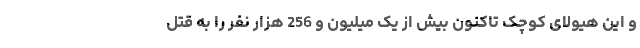
و این هیولای کوچک تاکنون بیش از یک میلیون و 256 هزار نفر را به قتل